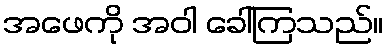
အဖေကို အဝါ ခေါ်ကြသည်။